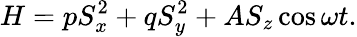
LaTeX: H=pS_{x}^{2}+qS_{y}^{2}+AS_{z}\cos\omega t.